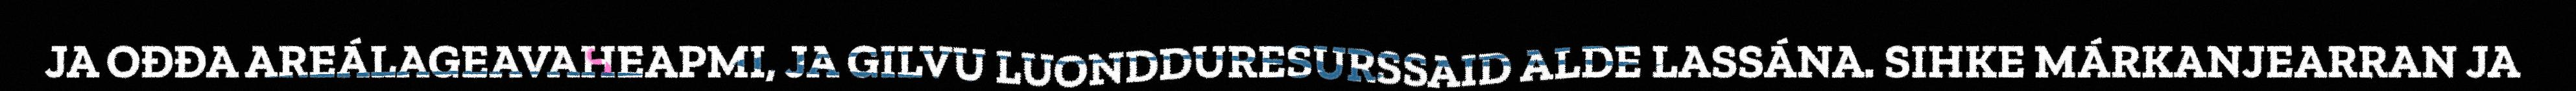
JA OĐĐA AREÁLAGEAVAHEAPMI, JA GILVU LUONDDURESURSSAID ALDE LASSÁNA. SIHKE MÁRKANJEARRAN JA